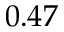
0 . 4 7